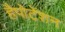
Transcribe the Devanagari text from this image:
हैपोटेंशन